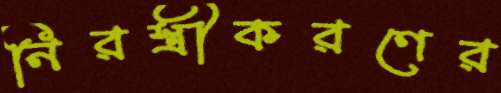
নিরস্ত্রীকরণের